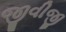
જીવીજી